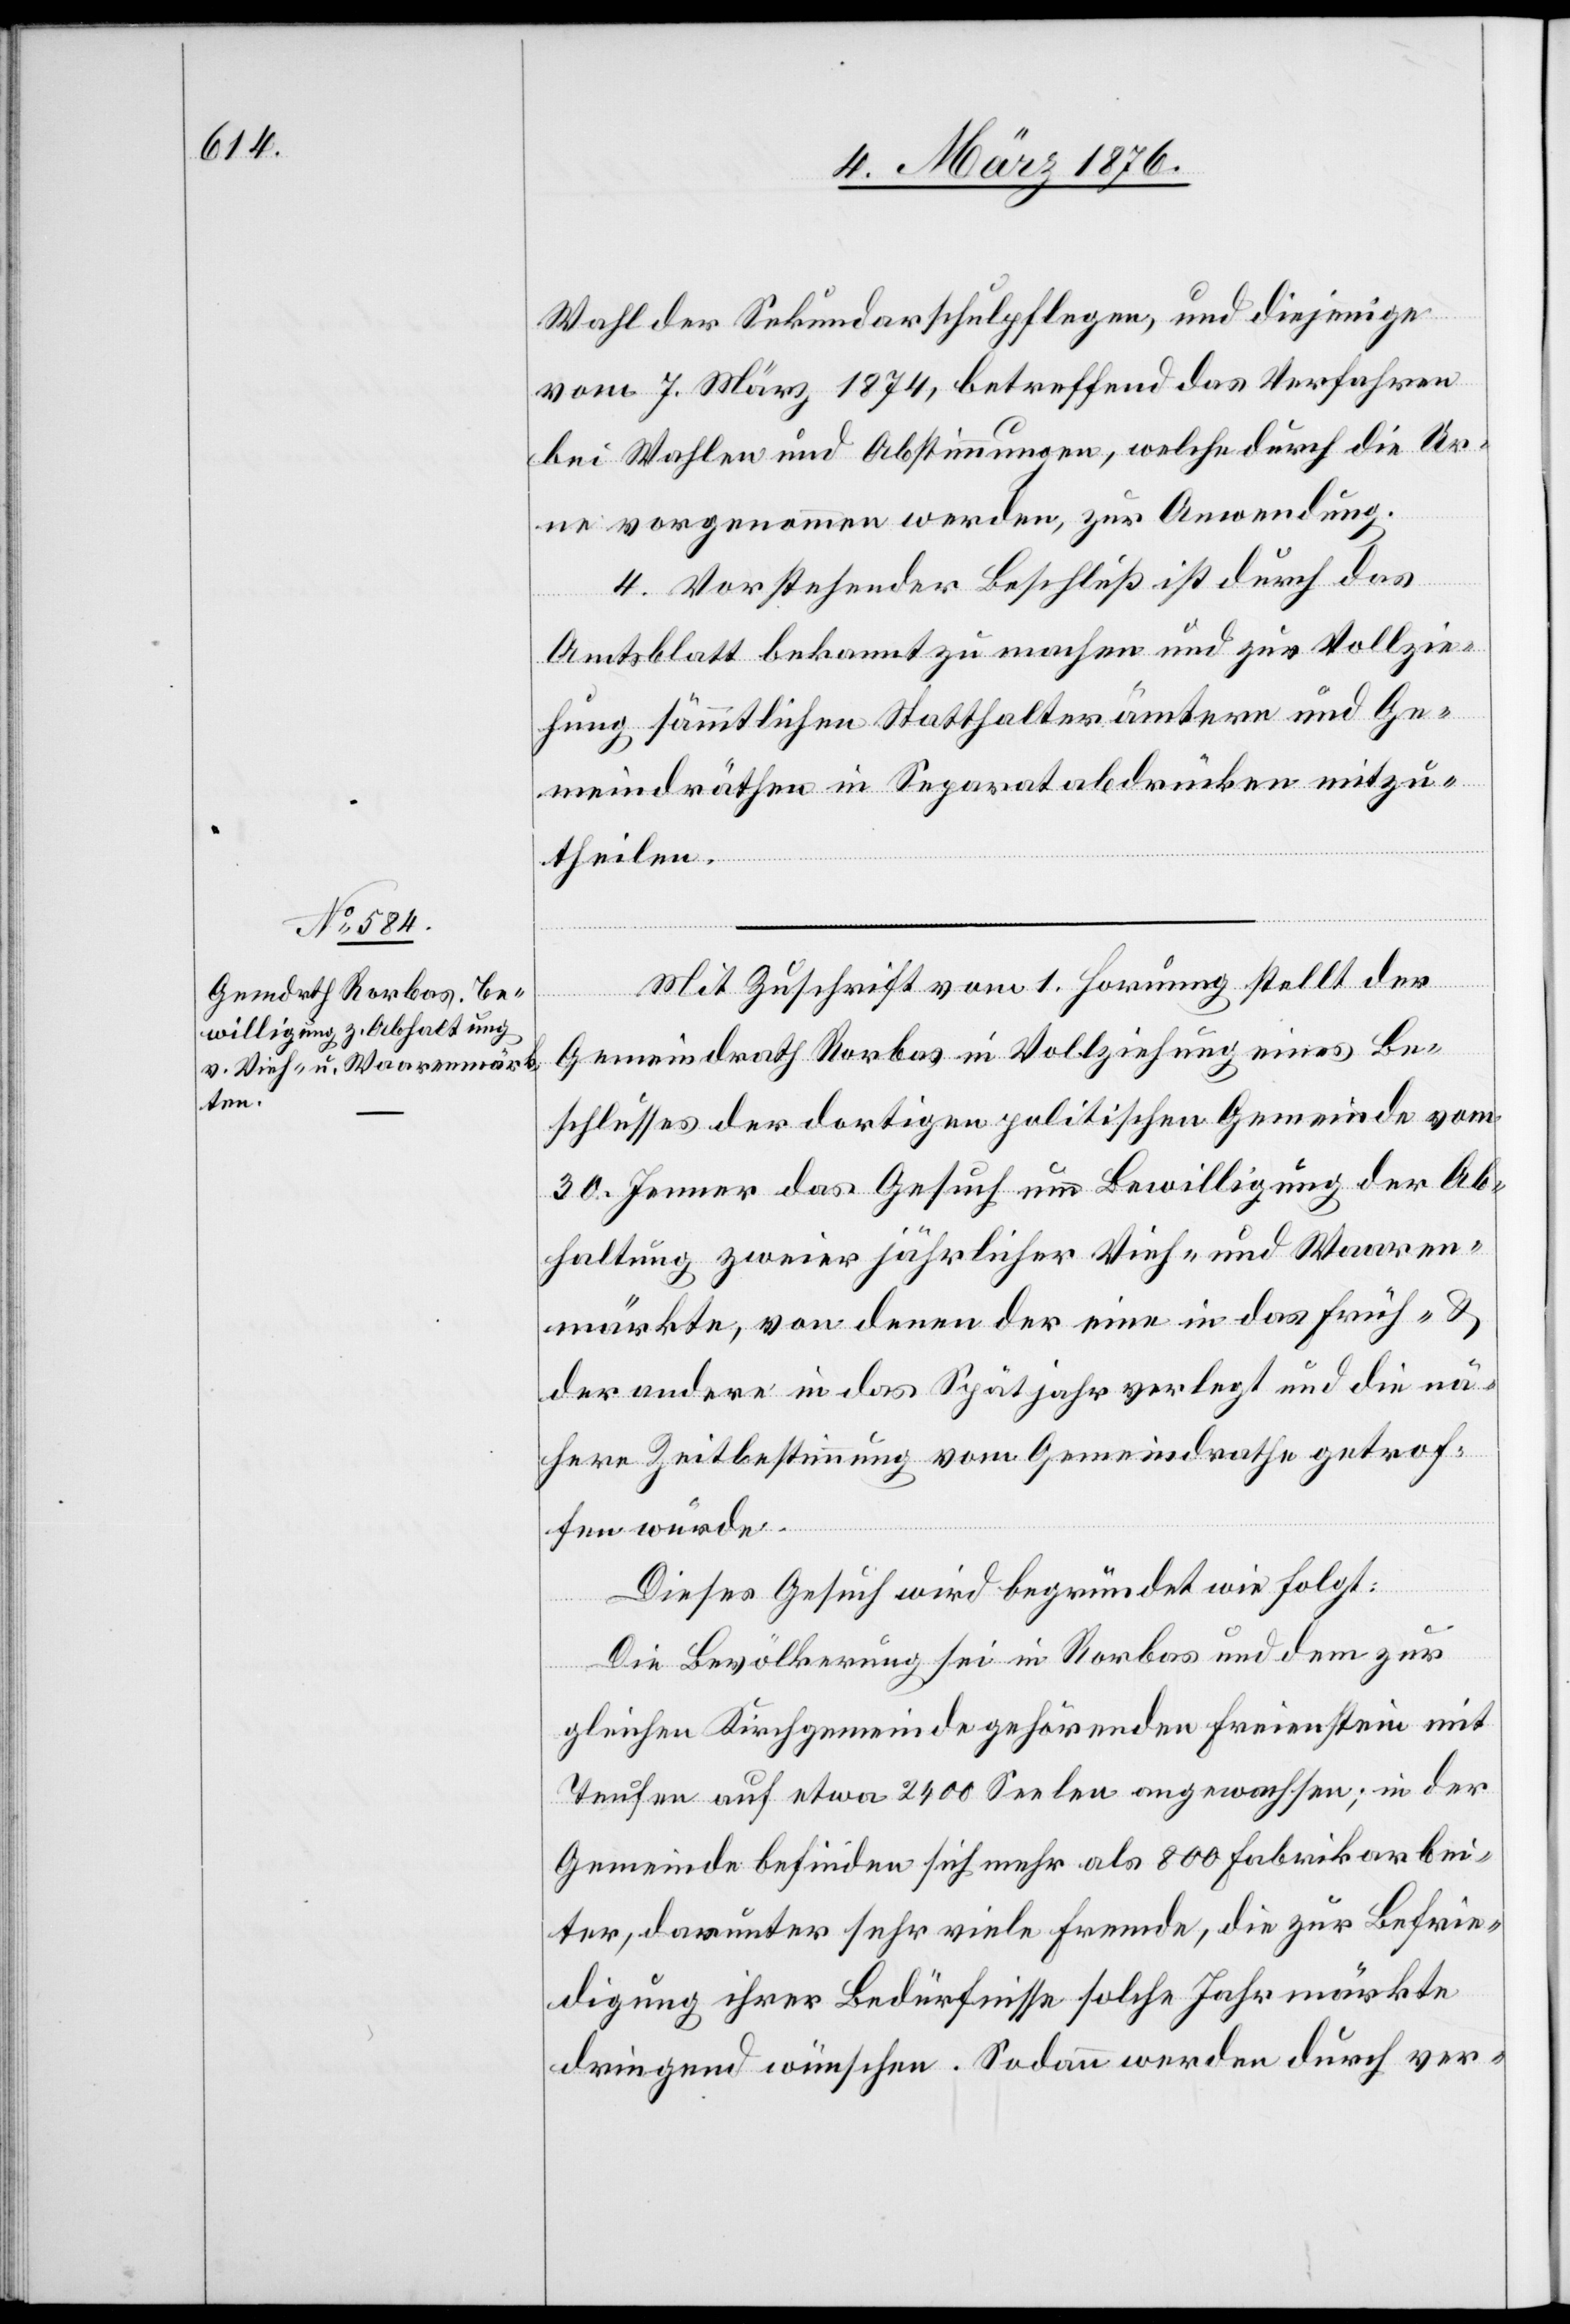
Wahl der Sekundarschulpflegen, und diejenige
vom 7. März 1874, betreffend das Verfahren
bei Wahlen und Abstimmungen, welche durch die Ur¬
ne vorgenommen werden, zur Anwendung.
4. Vorstehender Beschluß ist durch das
Amtsblatt bekannt zu machen und zur Vollzie¬
hung sämmtlichen Statthalterämtern und Ge¬
meindräthen in Separatabdrücken mitzu¬
theilen.
Mit Zuschrift vom 1. Hornung stellt der
Gemeindrath Rorbas in Vollziehung eines Be¬
schlusses der dortigen politischen Gemeinde vom
30. Jenner das Gesuch um Bewilligung der Ab¬
haltung zweier jährlicher Vieh- und Waaren¬
märkte, von denen der eine in das Früh- &
der andere in das Spätjahr verlegt und die nä¬
here Zeitbestimmung vom Gemeindrathe getrof¬
fen würde.
Dieses Gesuch wird begründet wie folgt:
Die Bevölkerung sei in Rorbas und dem zur
gleichen Kirchgemeinde gehörenden Freienstein mit
Teufen auf etwa 2400 Seelen angewachsen; in der
Gemeinde befinden sich mehr als 800 Fabrikarbei¬
ter, darunter sehr viele Fremde, die zur Befrie¬
digung ihrer Bedürfnisse solche Jahrmärkte
dringend wünschen. Sodann werden durch ver-